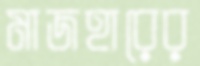
মাজহারের